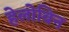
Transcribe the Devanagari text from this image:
हेलोविन